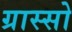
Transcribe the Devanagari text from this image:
ग्रास्सो